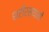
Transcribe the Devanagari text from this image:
शरीरस्थानों